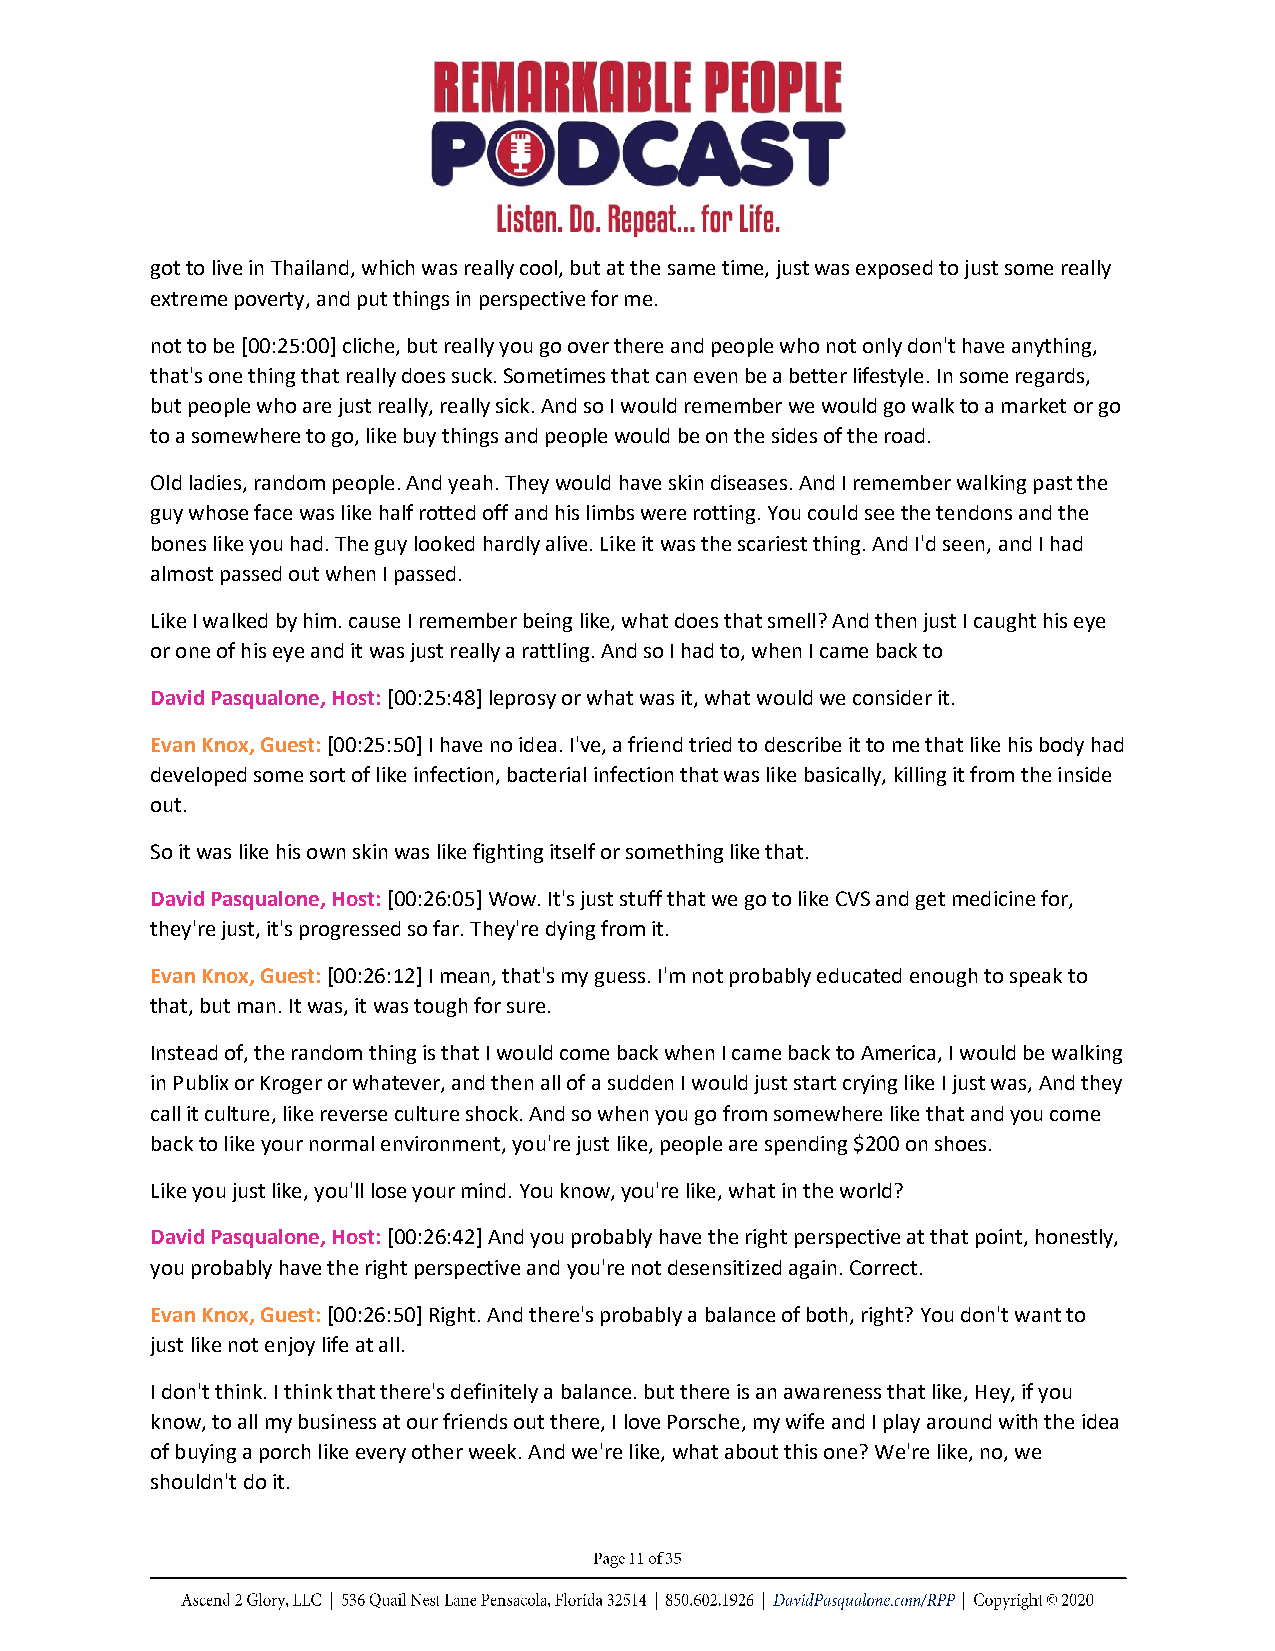
got to live in Thailand, which was really cool, but at the same time, just was exposed to just some really
 extreme poverty, and put things in perspective for me.
 not to be [00:25:00] cliche, but really you go over there and people who not only don't have anything,
 that's one thing that really does suck. Sometimes that can even be a better lifestyle. In some regards,
 but people who are just really, really sick. And so I would remember we would go walk to a market or go
 to a somewhere to go, like buy things and people would be on the sides of the road.
 Old ladies, random people. And yeah. They would have skin diseases. And I remember walking past the
 guy whose face was like half rotted off and his limbs were rotting. You could see the tendons and the
 bones like you had. The guy looked hardly alive. Like it was the scariest thing. And I'd seen, and I had
 almost passed out when I passed.
 Like I walked by him. cause I remember being like, what does that smell? And then just I caught his eye
 or one of his eye and it was just really a rattling. And so I had to, when I came back to
 David Pasqualone, Host: [00:25:48] leprosy or what was it, what would we consider it.
 Evan Knox, Guest: [00:25:50] I have no idea. I've, a friend tried to describe it to me that like his body had
 developed some sort of like infection, bacterial infection that was like basically, killing it from the inside
 out.
 So it was like his own skin was like fighting itself or something like that.
 David Pasqualone, Host: [00:26:05] Wow. It's just stuff that we go to like CVS and get medicine for,
 they're just, it's progressed so far. They're dying from it.
 Evan Knox, Guest: [00:26:12] I mean, that's my guess. I'm not probably educated enough to speak to
 that, but man. It was, it was tough for sure.
 Instead of, the random thing is that I would come back when I came back to America, I would be walking
 in Publix or Kroger or whatever, and then all of a sudden I would just start crying like I just was, And they
 call it culture, like reverse culture shock. And so when you go from somewhere like that and you come
 back to like your normal environment, you're just like, people are spending $200 on shoes.
 Like you just like, you'll lose your mind. You know, you're like, what in the world?
 David Pasqualone, Host: [00:26:42] And you probably have the right perspective at that point, honestly,
 you probably have the right perspective and you're not desensitized again. Correct.
 Evan Knox, Guest: [00:26:50] Right. And there's probably a balance of both, right? You don't want to
 just like not enjoy life at all.
 I don't think. I think that there's definitely a balance. but there is an awareness that like, Hey, if you
 know, to all my business at our friends out there, I love Porsche, my wife and I play around with the idea
 of buying a porch like every other week. And we're like, what about this one? We're like, no, we
 shouldn't do it.